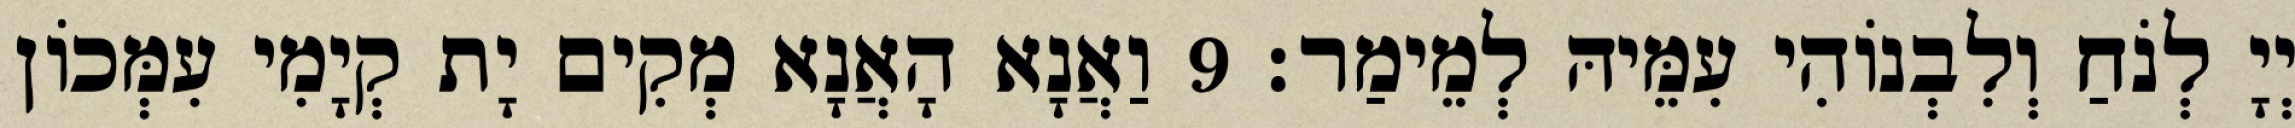
יְיָ לְנֹחַ וְלִבְנוֹהִי עִמֵּיהּ לְמֵימַר׃ 9 וַאֲנָא הָאֲנָא מְקִים יָת קְיָמִי עִמְּכוֹן